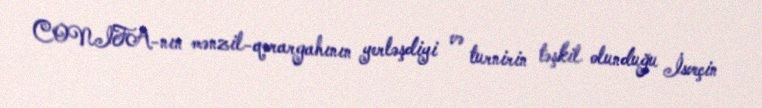
CONIFA-nın mənzil-qərargahının yerləşdiyi və turnirin təşkil olunduğu İsveçin